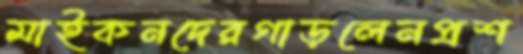
মাইকনদেরগাড়লেনপ্রশ